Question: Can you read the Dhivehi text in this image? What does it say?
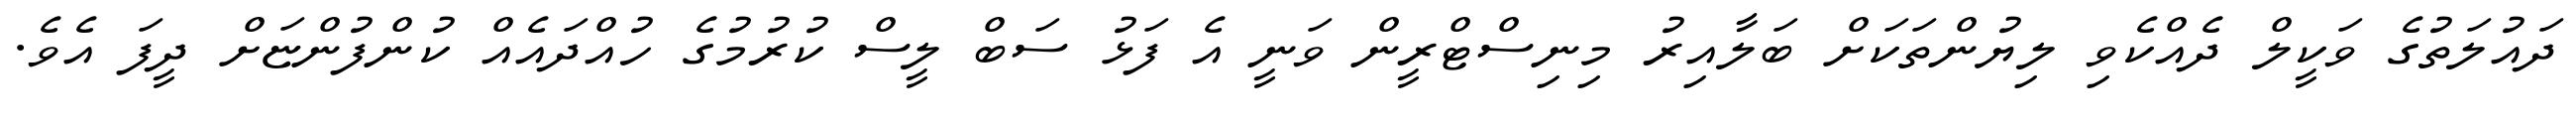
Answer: ދައުލަތުގެ ވަކީލް ދެއްކެވި ލިޔުންތަކަށް ބަލާއިރު މިނިސްޓްރީން ވަނީ އެ ފަޅު ސަބް ލީސް ކުރުމުގެ ހުއްދައެއް ކުންފުންޏަށް ދީފަ އެވެ.